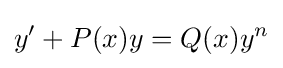
y'+P(x)y=Q(x)y^{n}